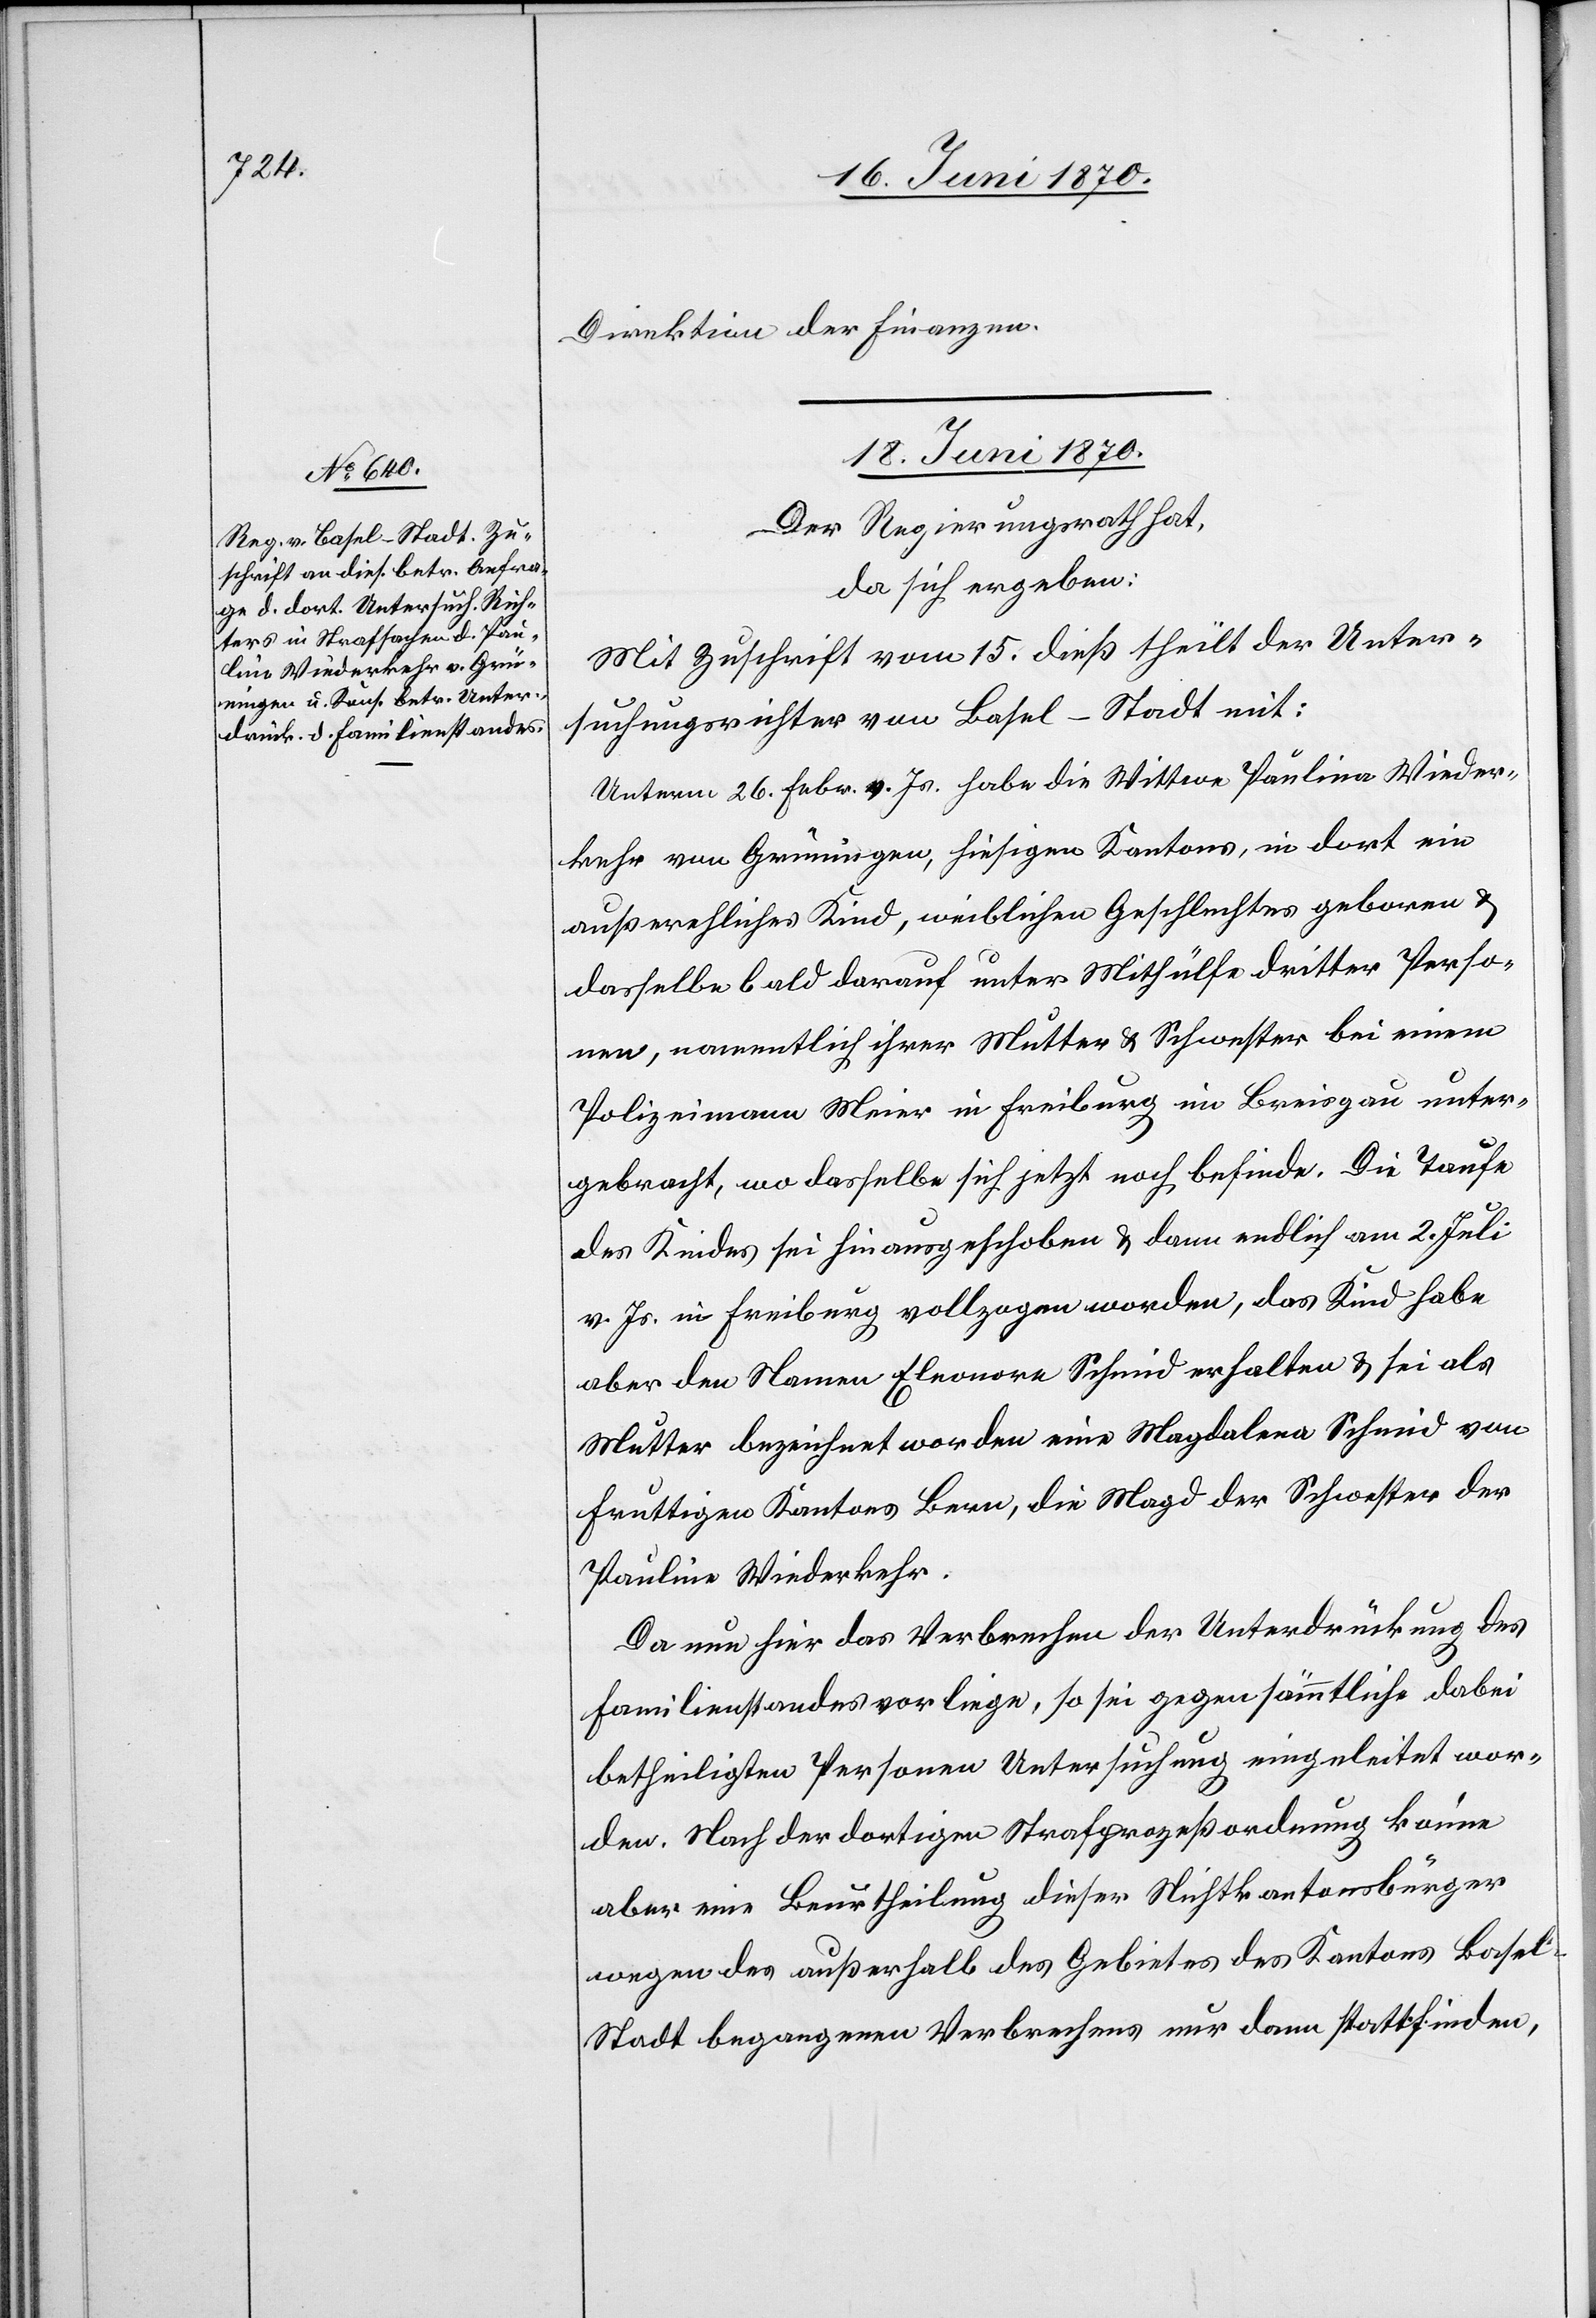
Direktion der Finanzen.
18. Juni 1870.
Der Regierungsrath hat,
da sich ergeben:
Mit Zuschrift vom 15. dieß theilt der Unter¬
suchungsrichter von Basel-Stadt mit:
Unterm 26. Febr. vor. Js. habe die Wittwe Paulina Wieder¬
kehr von Grüningen, hiesigen Kantons, in dort ein
außereh[e]liches Kind, weiblichen Geschlechtes geboren &
dasselbe bald darauf unter Mithülfe dritter Perso¬
nen, namentlich ihrer Mutter & Schwester bei einem
Polizeimann Meier in Freiburg im Breisgau unter¬
gebracht, wo dasselbe sich jetzt noch befinde. Die Taufe
des Kindes sei hinausgeschoben & dann endlich am 2. Juli
v. Js. in Freiburg vollzogen worden, das Kind habe
aber den Namen Eleonore Schmid erhalten & sei als
Mutter bezeichnet worden eine Magdalena Schmid von
Fruttigen Kantons Bern, die Magd der Schwester der
Da nun hier das Verbrechen der Unterdrückung des
Familienstandes vorliege, so sei gegen sämmtliche dabei
betheiligten Personen Untersuchung eingeleitet wor¬
den. Nach der dortigen Strafprozeßordnung könne
aber eine Beurtheilung dieser Nichtkantonsbürger
wegen des außerhalb des Gebietes des Kantons Basel-S¬
tadt begangenen Verbrechens nur dann stattfinden,